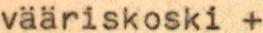
vääriskoski +